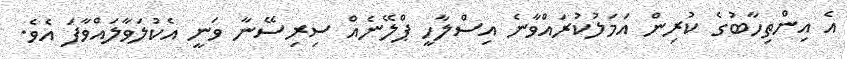
އެ އިންތިހާބުގެ ކުރިން އަމަލުކުރައްވާނެ އިސްލާހީ ޕްލޭނެއް ސިރިސޭނާ ވަނީ އެކުލަވާލައްވާފަ އެވެ.